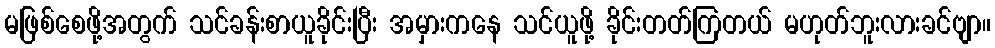
မဖြစ်စေဖို့အတွက် သင်ခန်းစာယူခိုင်းပြီး အမှားကနေ သင်ယူဖို့ ခိုင်းတတ်ကြတယ် မဟုတ်ဘူးလားခင်ဗျာ။